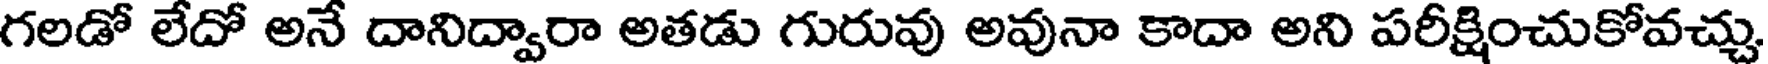
గలడో లేదో అనే దానిద్వారా అతడు గురువు అవునా కాదా అని పరీక్షించుకోవచ్చు